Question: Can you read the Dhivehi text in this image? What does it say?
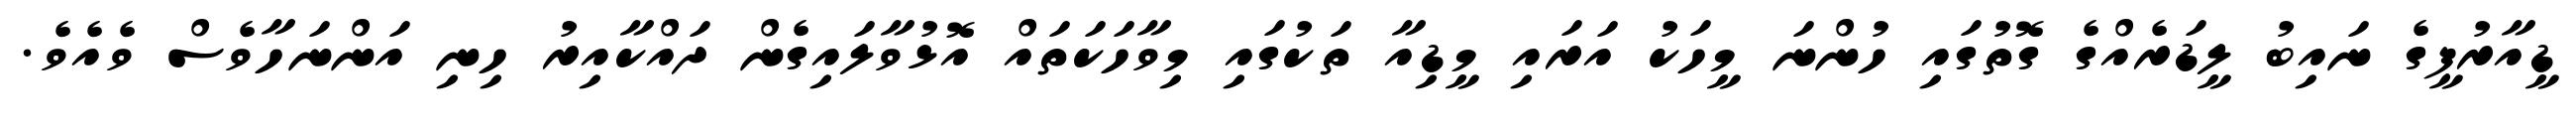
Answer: ޑީއާރުޕީގެ ނައިބު ލީޑަރެއްގެ ގޮތުގައި ހުންނަ މީހަކު އަރައި މީޑިއާ ތަކުގައި މިވާހަކަތައް އޮޅުވާލައިގެން ދައްކާއިރު ހިނި އަންނަހާވެސް ވެއެވެ.